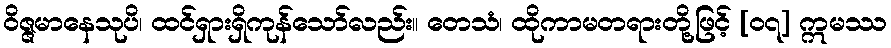
ဝိဇ္ဇမာနေသုပိ၊ ထင်ရှားရှိကုန်သော်လည်း။ တေသံ၊ ထိုကာမတရားတို့ဖြင့် [၀၇] ဣမဿ